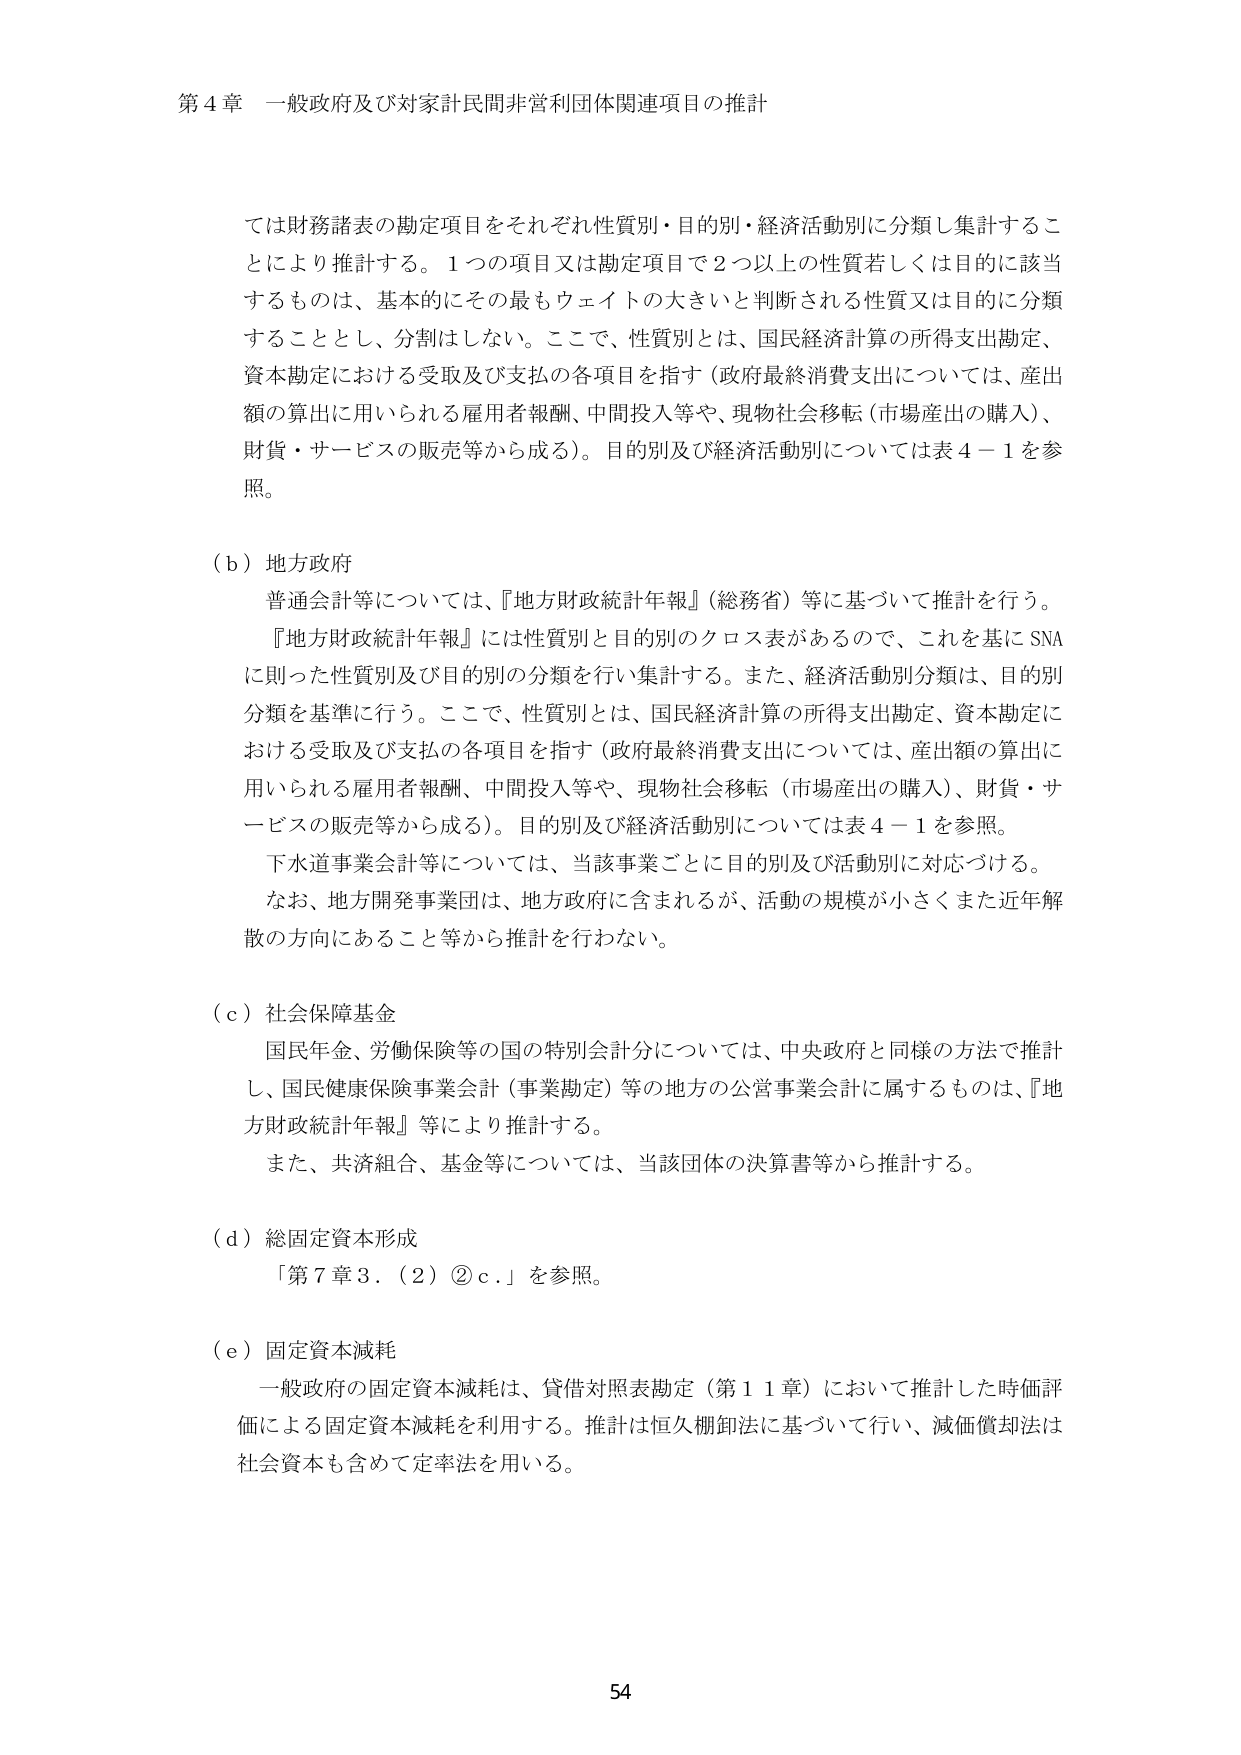
第４章 一般政府及び対家計民間非営利団体関連項目の推計

ては財務諸表の勘定項目をそれぞれ性質別・目的別・経済活動別に分類し集計することにより推計する。１つの項目又は勘定項目で２つ以上の性質若しくは目的に該当するものは、基本的にその最もウェイトの大きいと判断される性質又は目的に分類することとし、分割はしない。ここで、性質別とは、国民経済計算の所得支出勘定、資本勘定における受取及び支払の各項目を指す（政府最終消費支出については、産出額の算出に用いられる雇用者報酬、中間投入等や、現物社会移転（市場産出の購入）、財貨・サービスの販売等から成る）。目的別及び経済活動別については表４－１を参照。

（ｂ）地方政府
普通会計等については、『地方財政統計年報』（総務省）等に基づいて推計を行う。
『地方財政統計年報』には性質別と目的別のクロス表があるので、これを基にSNAに則った性質別及び目的別の分類を行い集計する。また、経済活動別分類は、目的別分類を基準に行う。ここで、性質別とは、国民経済計算の所得支出勘定、資本勘定における受取及び支払の各項目を指す（政府最終消費支出については、産出額の算出に用いられる雇用者報酬、中間投入等や、現物社会移転（市場産出の購入）、財貨・サービスの販売等から成る）。目的別及び経済活動別については表４－１を参照。
下水道事業会計等については、当該事業ごとに目的別及び活動別に対応づける。
なお、地方開発事業団は、地方政府に含まれるが、活動の規模が小さくまた近年解散の方向にあること等から推計を行わない。

（ｃ）社会保障基金
国民年金、労働保険等の国の特別会計分については、中央政府と同様の方法で推計し、国民健康保険事業会計（事業勘定）等の地方の公営事業会計に属するものは、『地方財政統計年報』等により推計する。
また、共済組合、基金等については、当該団体の決算書等から推計する。

（ｄ）総固定資本形成
「第７章３．（２）②ｃ．」を参照。

（ｅ）固定資本減耗
一般政府の固定資本減耗は、貸借対照表勘定（第１１章）において推計した時価評価による固定資本減耗を利用する。推計は恒久棚卸法に基づいて行い、減価償却法は社会資本も含めて定率法を用いる。

54